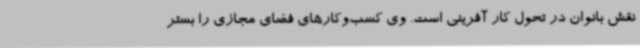
نقش بانوان در تحول کار آفرینی است. وی کسب‌وکارهای فضای مجازی را بستر